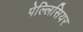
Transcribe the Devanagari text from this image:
पेल्लिसियर